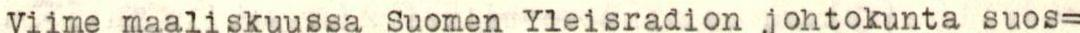
Viime maaliskuussa Suomen Yleisradion johtokunta suos-